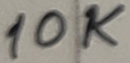
Text: 10K